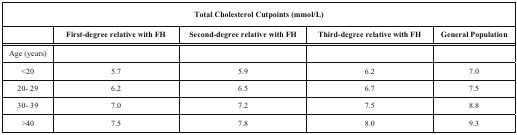
<table><thead><tr><td colspan="5"><b>Total Cholesterol Cutpoints (mmol/L)</b></td></tr><tr><td></td><td><b>First-degree relative with FH</b></td><td><b>Second-degree relative with FH</b></td><td><b>Third-degree relative with FH</b></td><td><b>General Population</b></td></tr></thead><tbody><tr><td>Age (years)</td><td></td><td></td><td></td><td></td></tr><tr><td>&lt;20</td><td>5.7</td><td>5.9</td><td>6.2</td><td>7.0</td></tr><tr><td>20- 29</td><td>6.2</td><td>6.5</td><td>6.7</td><td>7.5</td></tr><tr><td>30- 39</td><td>7.0</td><td>7.2</td><td>7.5</td><td>8.8</td></tr><tr><td>&gt;40</td><td>7.5</td><td>7.8</td><td>8.0</td><td>9.3</td></tr></tbody></table>